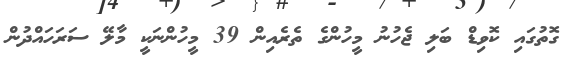
ގޮތުގައި ކޮވިޑް ބަލި ޖެހުނު މީހުންގެ ތެރެއިން 39 މީހުންނަކީ މާލޭ ސަރަހައްދުން